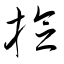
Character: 捻